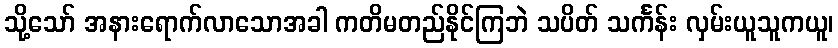
သို့သော် အနားရောက်လာသောအခါ ကတိမတည်နိုင်ကြဘဲ သပိတ် သင်္ကန်း လှမ်းယူသူကယူ၊